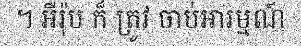
។ អឺរ៉ុប ក៏ ត្រូវ ចាប់អារម្មណ៍